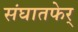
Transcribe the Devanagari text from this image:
संघातफेर्